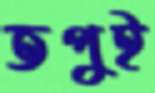
তপুই